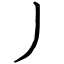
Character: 丿